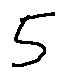
5